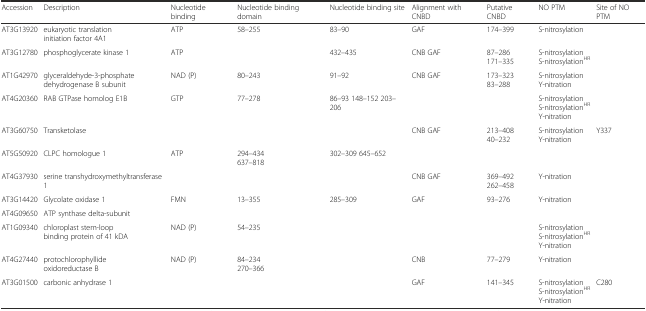
| Accession | Description | Nucleotide binding | Nucleotide binding domain | Nucleotide binding site | Alignment with CNBD | Putative CNBD | NO PTM | Site of NO PTM |
 | --- | --- | --- | --- | --- | --- | --- | --- | --- |
 | AT3G13920 | eukaryotic translation initiation factor 4A1 | ATP | 58–255 | 83–90 | GAF | 174–399 | S-nitrosylation |  |
 | AT3G12780 | phosphoglycerate kinase 1 | ATP |  | 432–435 | CNB GAF | 87–286 171–335 | S-nitrosylation S-nitrosylationHR |  |
 | AT1G42970 | glyceraldehyde-3-phosphate dehydrogenase B subunit | NAD (P) | 80–243 | 91–92 | CNB GAF | 173–323 83–288 | S-nitrosylation Y-nitration |  |
 | AT4G20360 | RAB GTPase homolog E1B | GTP | 77–278 | 86–93 148–152 203–206 |  |  | S-nitrosylation S-nitrosylationHR Y-nitration |  |
 | AT3G60750 | Transketolase |  |  |  | CNB GAF | 213–408 40–232 | S-nitrosylation Y-nitration | Y337 |
 | AT5G50920 | CLPC homologue 1 | ATP | 294–434 637–818 | 302–309 645–652 |  |  |  |  |
 | AT4G37930 | serine transhydroxymethyltransferase 1 |  |  |  | CNB GAF | 369–492 262–458 | Y-nitration |  |
 | AT3G14420 | Glycolate oxidase 1 | FMN | 13–355 | 285–309 | GAF | 93–276 | Y-nitration |  |
 | AT4G09650 | ATP synthase delta-subunit |  |  |  |  |  |  |  |
 | AT1G09340 | chloroplast stem-loop binding protein of 41 kDA | NAD (P) | 54–235 |  |  |  | S-nitrosylation S-nitrosylationHR Y-nitration |  |
 | AT4G27440 | protochlorophyllide oxidoreductase B | NAD (P) | 84–234 270–366 |  | CNB | 77–279 | Y-nitration |  |
 | AT3G01500 | carbonic anhydrase 1 |  |  |  | GAF | 141–345 | S-nitrosylation S-nitrosylationHR Y-nitration | C280 |